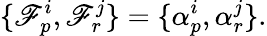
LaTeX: \{ \mathscr{F}_{p}^{i},\mathscr{F}_{r}^{j}\} =\{ \alpha_{p}^{i},\alpha_{r}^{j}\} .